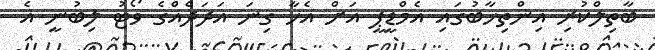
ބާތިލްކުރި އިންތިޚާބުގައި އެމްޑީޕީ އަށް އެހާ ގިނަ އަދަދެއްގެ ވޯޓު ލިބުނީ އެ